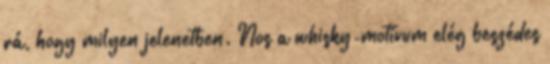
rá, hogy milyen jelenetben. Nos a whisky-motívum elég beszédes